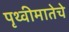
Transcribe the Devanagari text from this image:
पृथ्वीमातेचे